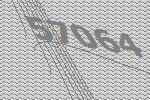
57064